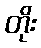
တိုး